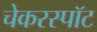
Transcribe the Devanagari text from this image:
चेकरस्पॉट